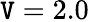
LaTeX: \mathtt{V}=2.0